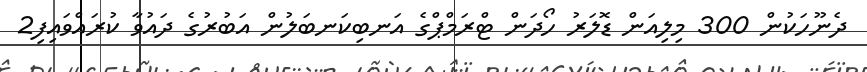
ދެނޫހަކުން 300 މިލިއަން ޑޮލަރު ހޯދަން ޓްރަމްޕްގެ އަނބިކަނބަލުން އަބުރުގެ ދައުވާ ކުރައްވައިފި2